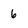
Character: 6